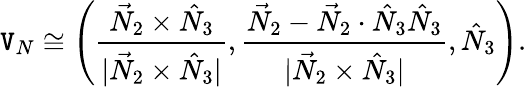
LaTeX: \mathtt{V}_{N}\cong\left(\frac{{\vec{{N}}_{2}\times\hat{{N}}_{3}}}{{|\vec{{N}}_{2}\times\hat{{N}}_{3}|}},\frac{{\vec{{N}}_{2}-\vec{{N}}_{2}\cdot\hat{{N}}_{3}\hat{{N}}_{3}}}{{|\vec{{N}}_{2}\times\hat{{N}}_{3}|}},\hat{{N}}_{3}\right).